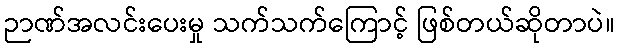
ဉာဏ်အလင်းပေးမှု သက်သက်ကြောင့် ဖြစ်တယ်ဆိုတာပဲ။